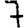
Digit: 7